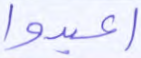
اعبدوا